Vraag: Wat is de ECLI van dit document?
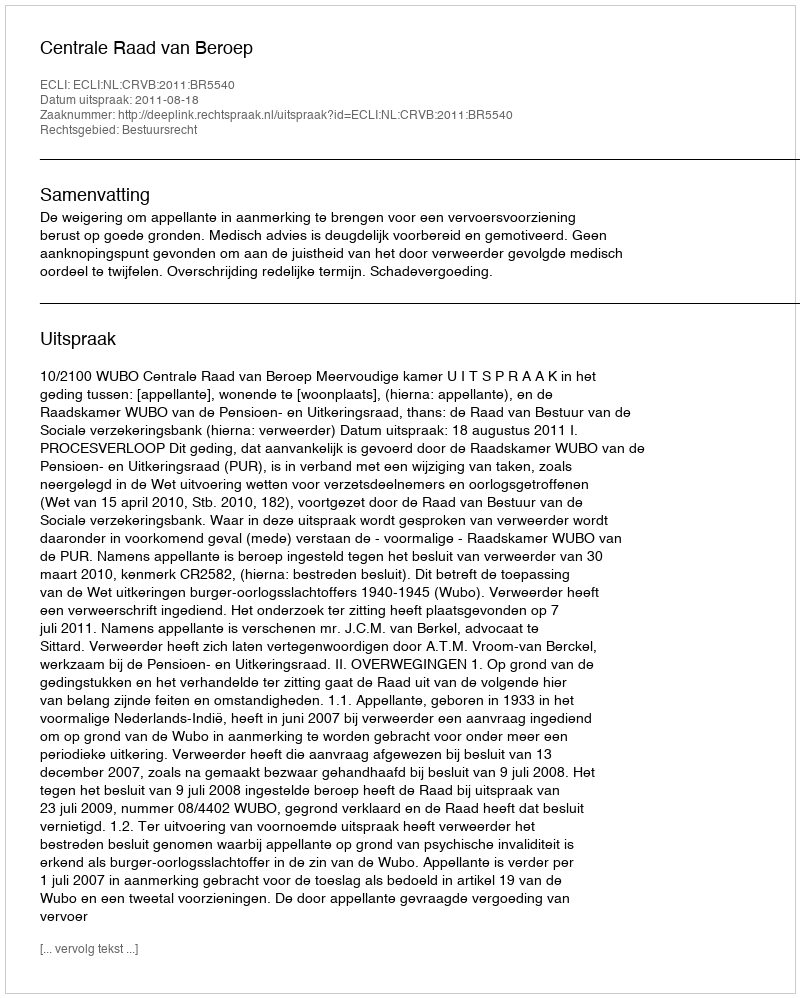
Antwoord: ECLI:NL:CRVB:2011:BR5540